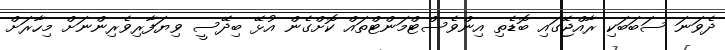
ދެވަނަ ސަބަބަކި ރާއްޖޭގައި ބޮޑެތި އިންވެސްޓްމަންޓްތައް ކޮށްގެން އުޅޭ ބިދޭސީ ވިޔަފާރިވެރިންނަށް މިހާރަށް